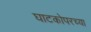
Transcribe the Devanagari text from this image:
घाटकोपरच्या